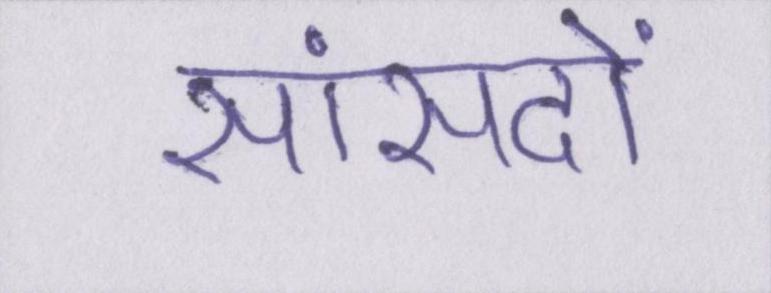
सांसदों